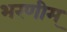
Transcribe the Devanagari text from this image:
भरणीम्